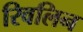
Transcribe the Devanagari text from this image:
रिवलिन